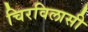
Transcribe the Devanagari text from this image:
चिरविलासी